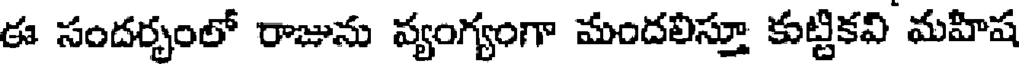
ఈ సందర్భంలో రాజును వ్యంగ్యంగా మందలిస్తూ కుట్టికవి మహిష